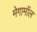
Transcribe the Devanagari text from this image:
मेगामॉल